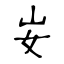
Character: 𡚴